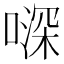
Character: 𠽉